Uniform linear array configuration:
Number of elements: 12
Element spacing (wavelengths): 1
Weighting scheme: hamming
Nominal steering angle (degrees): -15
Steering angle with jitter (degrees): -13.97
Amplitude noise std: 0.05
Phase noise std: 0.05

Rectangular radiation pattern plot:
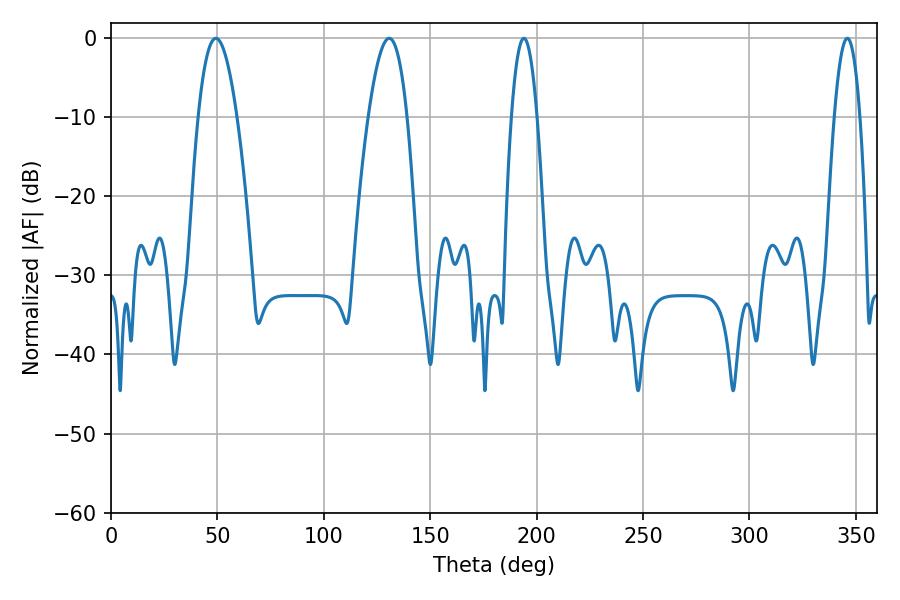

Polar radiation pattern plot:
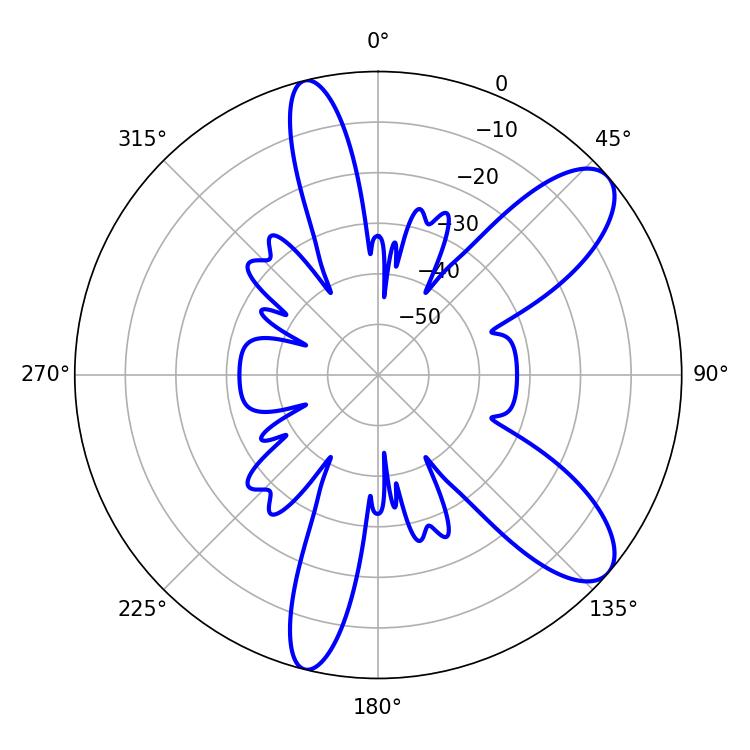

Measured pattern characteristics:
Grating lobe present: TRUE
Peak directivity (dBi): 9.5
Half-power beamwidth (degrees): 6.48
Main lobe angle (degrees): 194.04